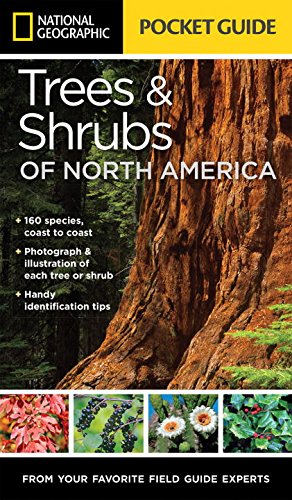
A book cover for National Geographic Pocket Guide to Trees and Shrubs of North America; Bland Crowder; Crafts, Hobbies & Home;